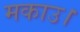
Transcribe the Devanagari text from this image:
मकाउ।